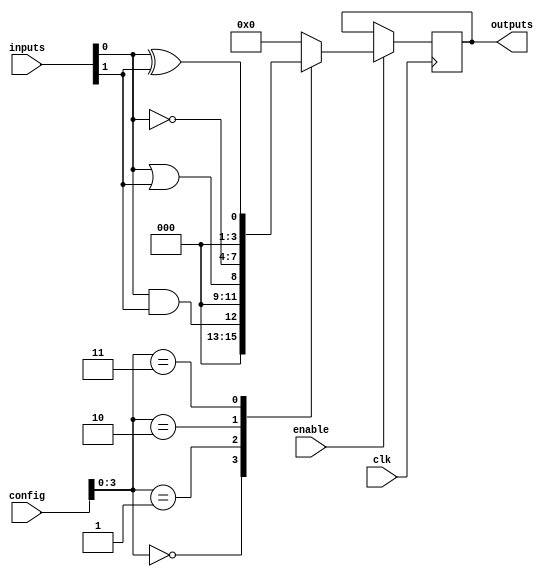
module CLB (
    input wire [N-1:0] inputs,            // N input signals
    output wire [M-1:0] outputs,           // M output signals
    input wire [CONFIG_WIDTH-1:0] config,  // Configuration memory
    input wire clk,                         // Clock signal (if applicable)
    input wire enable                       // Control signal
);

// Parameter definitions
parameter N = 8;                          // Number of inputs
parameter M = 4;                          // Number of outputs
parameter CONFIG_WIDTH = 16;              // Width of configuration memory

// Internal signals
wire [N-1:0] logic_out;                   // Logic function output
reg [M-1:0] output_reg;                   // Registered output

// Combinational logic implementation based on configuration
always @(*) begin
    case (config[3:0]) // Example of using the lower bits of config for logic function
        4'b0000: logic_out = inputs[0] & inputs[1]; // AND
        4'b0001: logic_out = inputs[0] | inputs[1]; // OR
        4'b0010: logic_out = ~inputs[0];             // NOT
        4'b0011: logic_out = inputs[0] ^ inputs[1]; // XOR
        // Additional logic functions can be added here
        default: logic_out = {N{1'b0}};               // Default case
    endcase
end

// Output logic with fan-out control
always @(posedge clk) begin
    if (enable) begin
        output_reg <= logic_out[M-1:0]; // Example: Directing logic output to the first M outputs
    end
end

// Assign outputs
assign outputs = output_reg;

endmodule